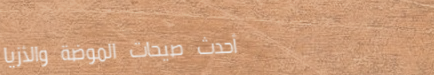
أحدث صيحات الموضة والأزيا